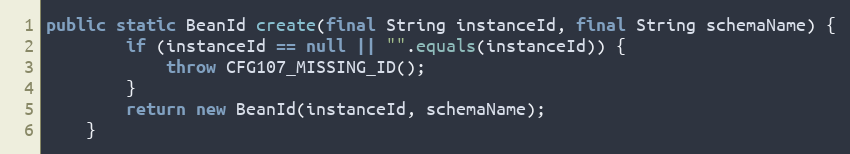
Language: Java
public static BeanId create(final String instanceId, final String schemaName) {
        if (instanceId == null || "".equals(instanceId)) {
            throw CFG107_MISSING_ID();
        }
        return new BeanId(instanceId, schemaName);
    }